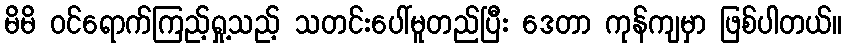
မိမိ ဝင်ရောက်ကြည့်ရှု့သည့် သတင်းပေါ်မူတည်ပြီး ဒေတာ ကုန်ကျမှာ ဖြစ်ပါတယ်။